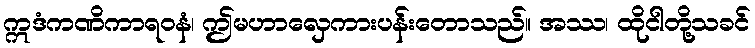
ဣဒံကဏိကာရဝနံ၊ ဤမဟာလှေကားပန်းတောသည်။ အဿ၊ ထိုငါတို့သခင်